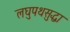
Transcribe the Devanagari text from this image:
लघुपथसुद्धा